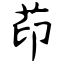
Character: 茚